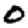
Digit: 0